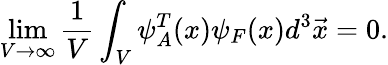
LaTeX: \operatorname*{lim}_{V\rightarrow\infty}\frac{1}{V}\int_{V}\psi_{A}^{T}(x)\psi_{F}(x)d^{3}\vec{x}=0.